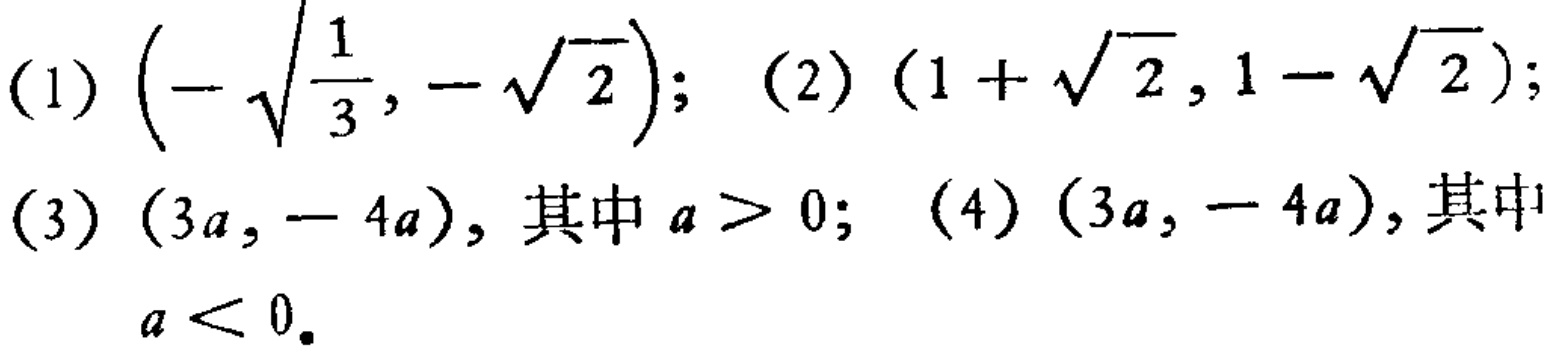
(1) $\left(-\sqrt{\frac{1}{3}},-\sqrt{2}\right)$; (2) $(1 + \sqrt{2},1 - \sqrt{2})$;
(3) $(3a,-4a)$, 其中 $a > 0$; (4) $(3a,-4a)$, 其中 $a < 0$.